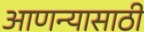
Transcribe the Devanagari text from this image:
आणन्यासाठी